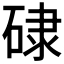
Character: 𥓏